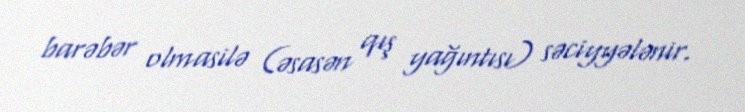
barəbər olmasilə (əsasən qış yağıntısı) səciyyələnir.